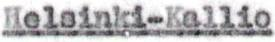
Helsinki-Kallio